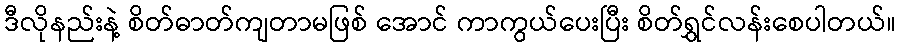
ဒီလိုနည်းနဲ့ စိတ်ဓာတ်ကျတာမဖြစ် အောင် ကာကွယ်ပေးပြီး စိတ်ရွှင်လန်းစေပါတယ်။